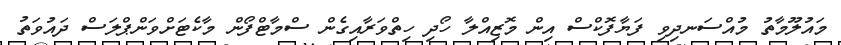
މައުލޫމާތު މުއްސަނދިވި ފަޔާފޮކްސް އިން މޮޒިއްލާ ހޯދި ހިތްވަރާއިގެން ސްމާޓްފޯން މާކެޓަށްވަންޕްލަސް ދައުވަތު